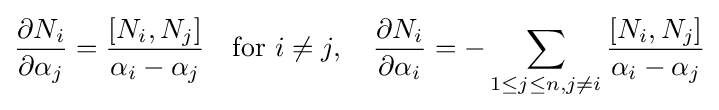
{\partial N_{i} \over \partial \alpha _{j}}={[N_{i},N_{j}] \over \alpha _{i}-\alpha _{j}}\quad {\text{for }}i\neq j,\quad {\partial N_{i} \over \partial \alpha _{i}}=-\sum _{1\leq j\leq n,j\neq i}{[N_{i},N_{j}] \over \alpha _{i}-\alpha _{j}}